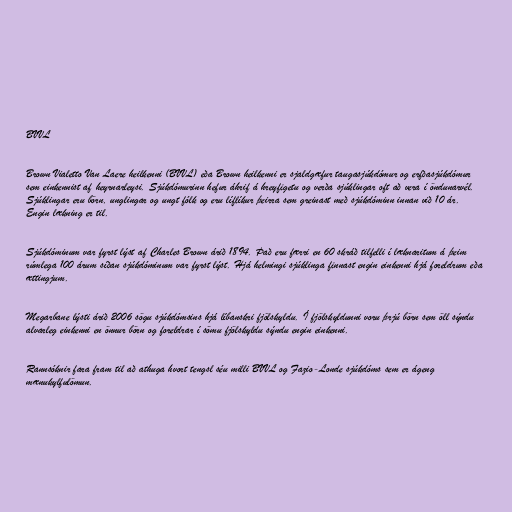
BVVL

Brown Vialetto Van Laere heilkenni (BVVL) eða Brown heilkenni er sjaldgæfur taugasjúkdómur og erfðasjúkdómur
sem einkennist af heyrnarleysi. Sjúkdómurinn hefur áhrif á hreyfigetu og verða sjúklingar oft að vera í öndunarvél.
Sjúklingar eru börn, unglingar og ungt fólk og eru líflíkur þeirra sem greinast með sjúkdóminn innan við 10 ár.
Engin lækning er til.

Sjúkdóminum var fyrst lýst af Charles Brown árið 1894. Það eru færri en 60 skráð tilfelli í læknaritum á þeim
rúmlega 100 árum síðan sjúkdóminum var fyrst lýst. Hjá helmingi sjúklinga finnast engin einkenni hjá foreldrum eða
ættingjum.

Megarbane lýsti árið 2006 sögu sjúkdómsins hjá líbanskri fjölskyldu. Í fjölskyldunni voru þrjú börn sem öll sýndu
alvarleg einkenni en önnur börn og foreldrar í sömu fjölskyldu sýndu engin einkenni.

Rannsóknir fara fram til að athuga hvort tengsl séu milli BVVL og Fazio-Londe sjúkdóms sem er ágeng
mænukylfulömun.